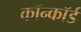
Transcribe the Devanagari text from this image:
कॉन्कॉर्ड